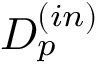
D _ { p } ^ { ( i n ) }